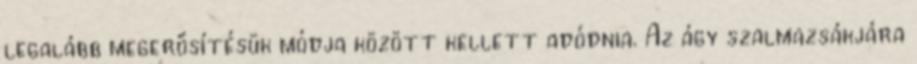
legalább megerősítésük módja között kellett adódnia. Az ágy szalmazsákjára